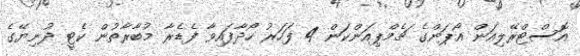
އޮސްޓްރޭލިއަން އޯޕަންގެ ޗެމްޕިއަންކަން 4 ފަހަރު ހޯދާފައިވާ ފެޑެރާ މުބާރާތުން ކެޓީ ދުނިޔޭގެ